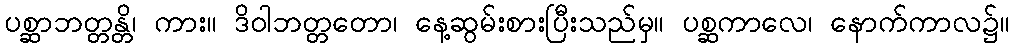
ပစ္ဆာဘတ္တန္တိ၊ ကား။ ဒိဝါဘတ္တတော၊ နေ့ဆွမ်းစားပြီးသည်မှ။ ပစ္ဆကာလေ၊ နောက်ကာလ၌။